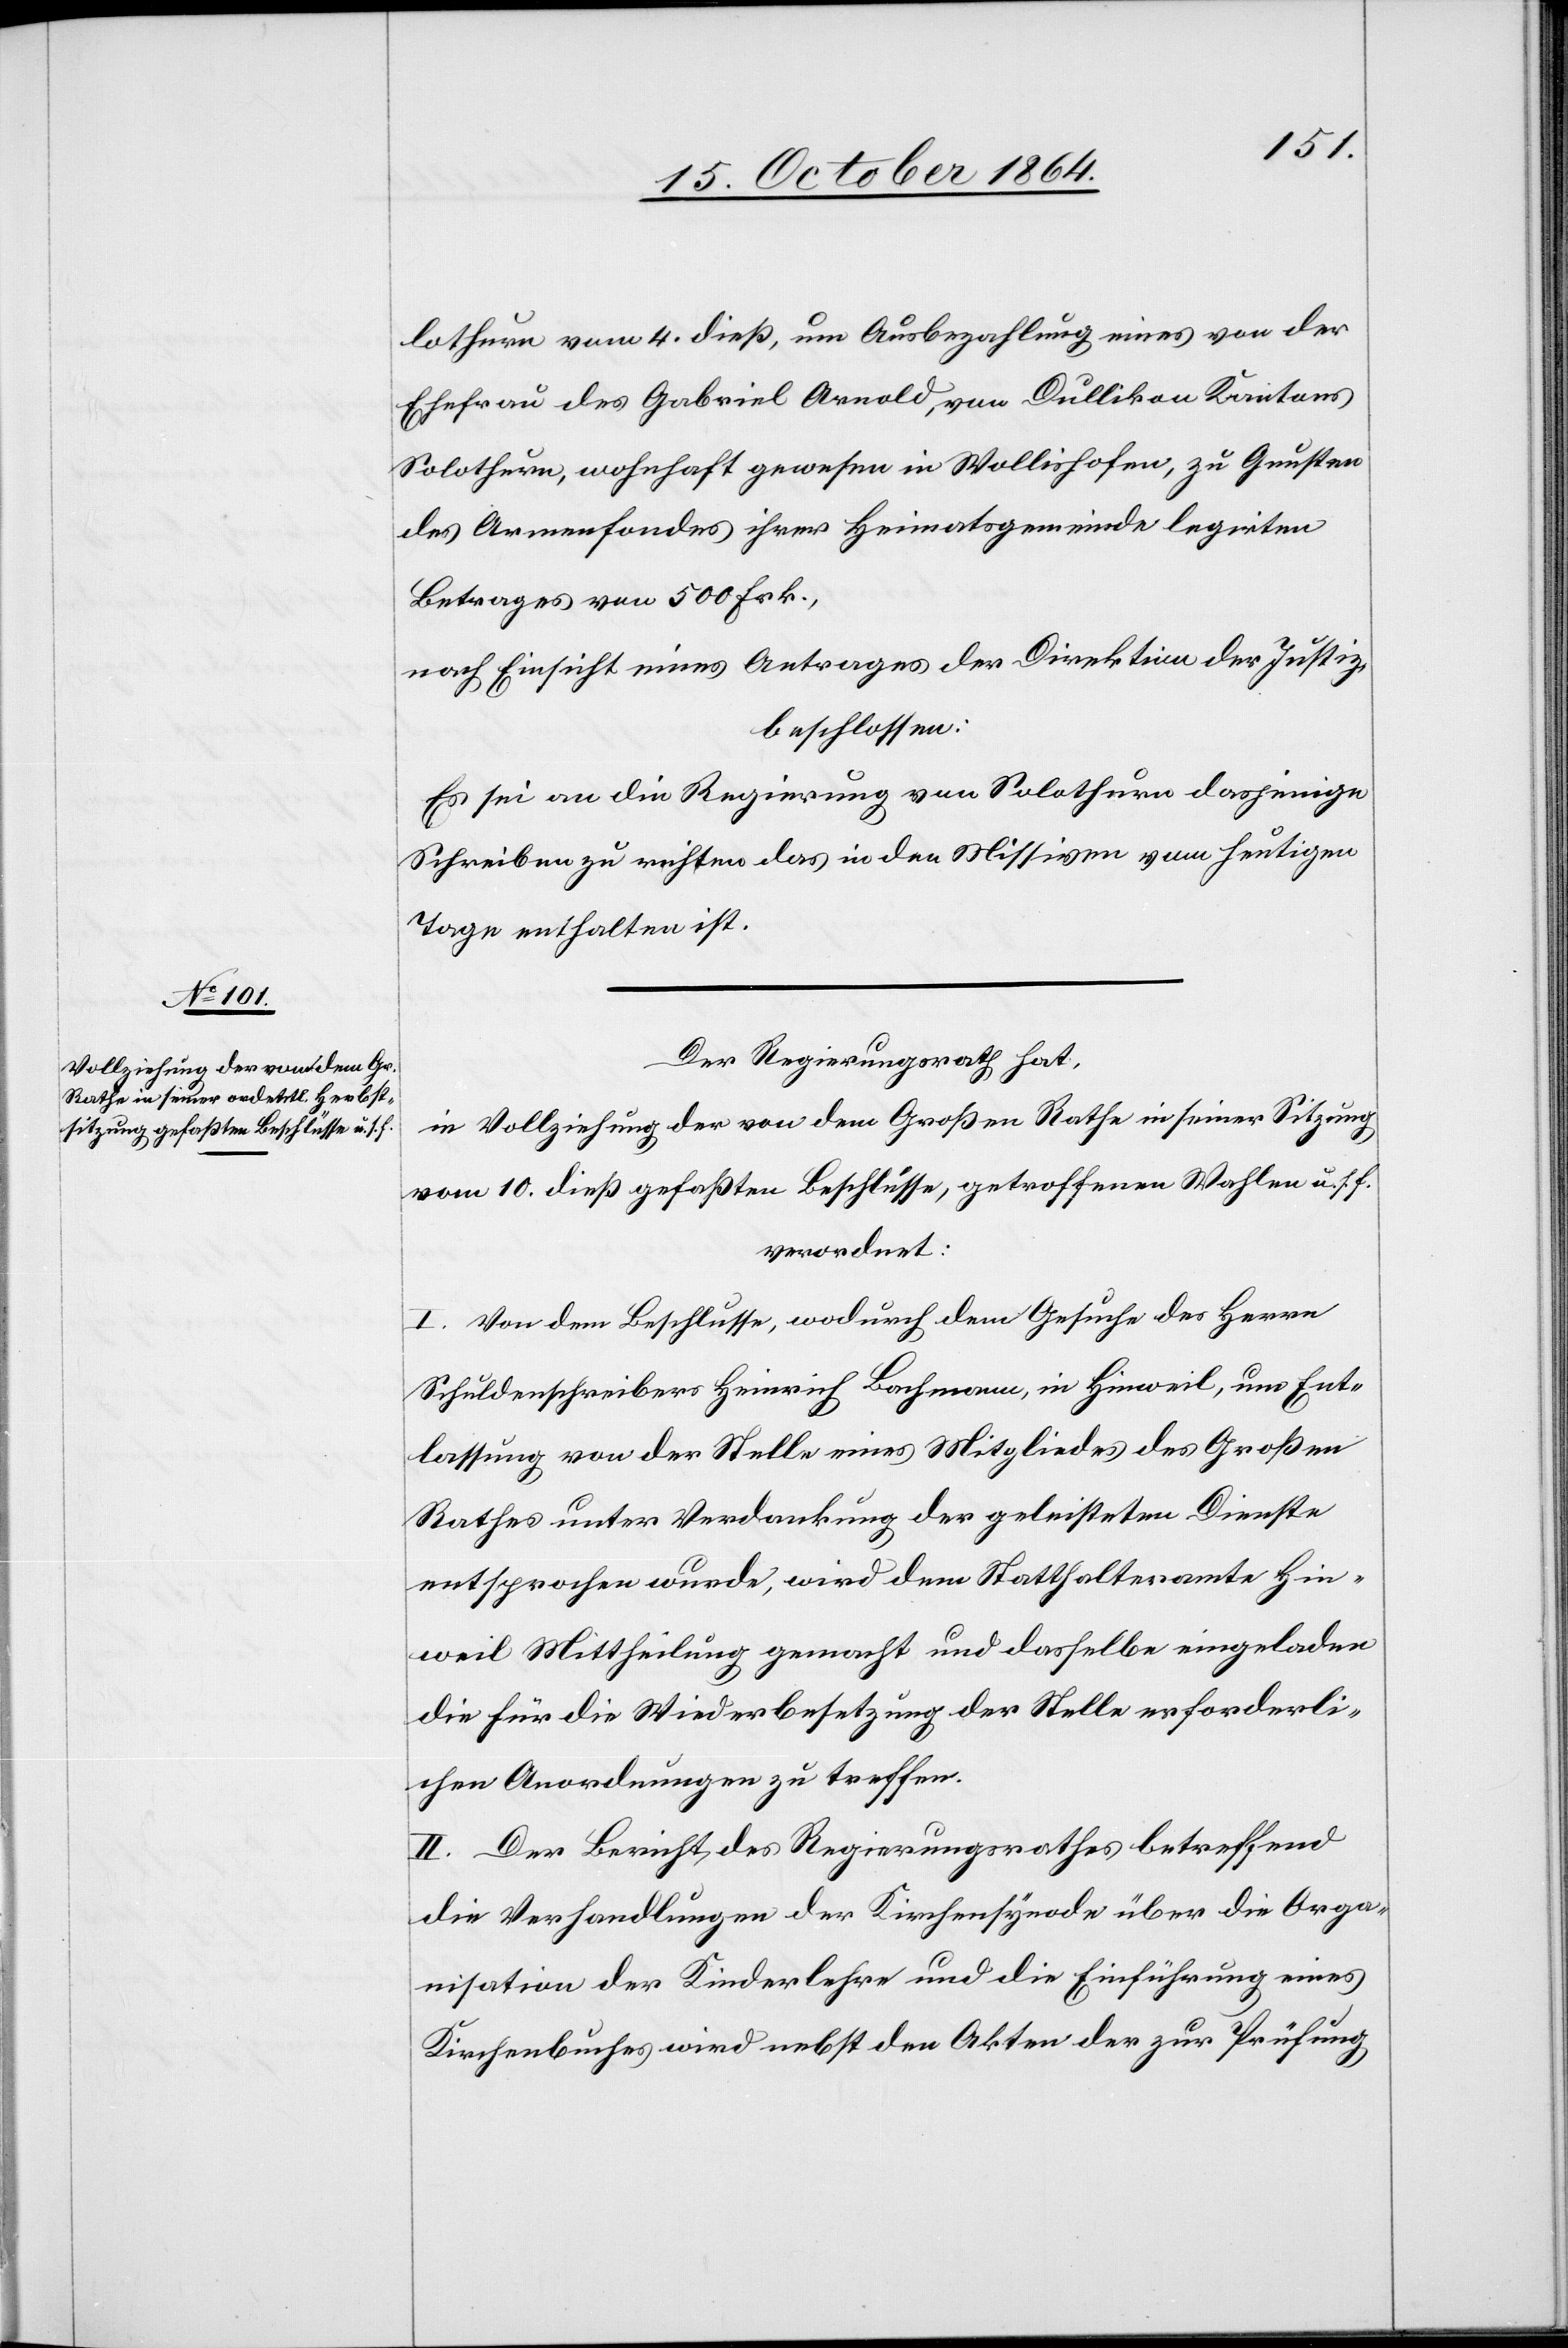
lothurn vom 4. dieß, um Ausbezahlung eines von der
Ehefrau des Gabriel Arnold, von Dullikon Kantons
Solothurn, wohnhaft gewesen in Wollishofen, zu Gunsten
des Armenfondes ihrer Heimatsgemeinde legirten
Betrages von 500 Frk.,
nach Einsicht eines Antrages der Direktion der Justiz
beschlossen:
Es sei an die Regierung von Solothurn dasjenige
Schreiben zu richten das in den Missiven vom heutigen
Tage enthalten ist.
Der Regierungsrath hat,
in Vollziehung der von dem Großen Rathe in seiner Sitzung
vom 10. dieß gefaßten Beschlüsse, getroffenen Wahlen u. s. f.
verordnet:
I. Von dem Beschlusse, wodurch dem Gesuche des Herrn
Schuldschreiber Heinrich Bachmann, in Hinweil, um Ent¬
lassung von der Stelle eines Mitgliedes des Großen
Rathes unter Verdankung der geleisteten Dienste
entsprochen wurde, wird dem Statthalteramt Hin¬
weil Mittheilung gemacht und dasselbe eingeladen,
die für die Wiederbesetzung der Stelle erforderli¬
chen Anordnungen zu treffen.
II. Der Bericht des Regierungsrathes betreffend
die Verhandlungen der Kirchensynode über die Orga¬
nisation der Kinderlehre und die Einführung eines
Kirchenbuches wird nebst den Akten der zur Prüfung